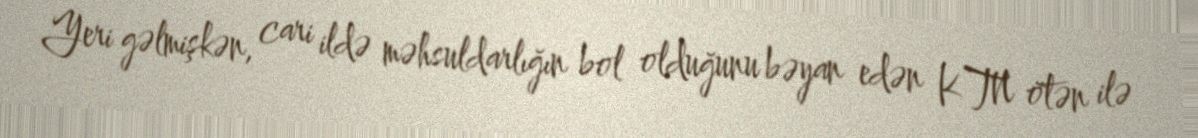
Yeri gəlmişkən, cari ildə məhsuldarlığın bol olduğunu bəyan edən KTN ötən ilə